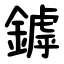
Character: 鏬